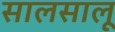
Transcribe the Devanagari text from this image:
सालसालू